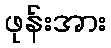
ဖုန်းအား